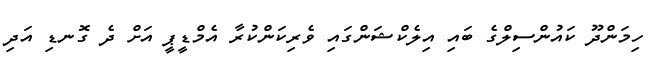
ހިމަންދޫ ކައުންސިލްގެ ބައި އިލެކްޝަންގައި ވެރިކަންކުރާ އެމްޑީޕީ އަށް ދެ ގޮނޑި އަދި